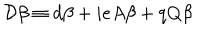
{ \cal { D } } \beta \equiv d \beta + i e A \beta + q Q \beta